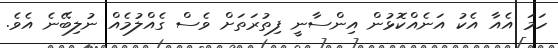
ހަމަ އެއާ އެކު އަނެއްކޮޅުން އިންސާނީ ފިތުރަތަށް ވެސް ގެއްލުމެއް ނުލިބޭނެ އެވެ.